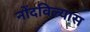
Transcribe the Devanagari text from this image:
नोंदविल्यास